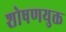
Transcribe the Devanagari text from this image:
शोषणयुक्त